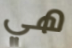
هي